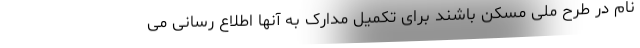
نام در طرح ملی مسکن باشند برای تکمیل مدارک به آنها اطلاع رسانی می